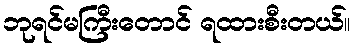
ဘုရင်မကြီးတောင် ရထားစီးတယ်။